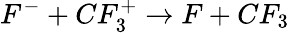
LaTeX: F^{-}+CF_{3}^{+}\rightarrow F+CF_{3}